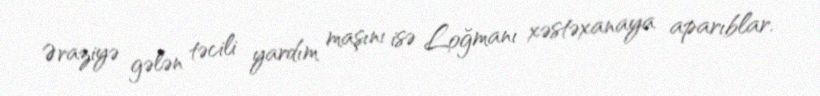
Əraziyə gələn təcili yardım maşını isə Loğmanı xəstəxanaya aparıblar.